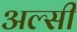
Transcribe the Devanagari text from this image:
अल्‍सी